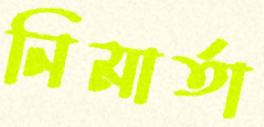
নিমার্তা